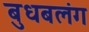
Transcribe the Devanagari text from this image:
बुधबलंग